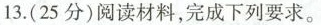
13. (25分)阅读材料，完成下列要求。